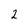
Character: 2